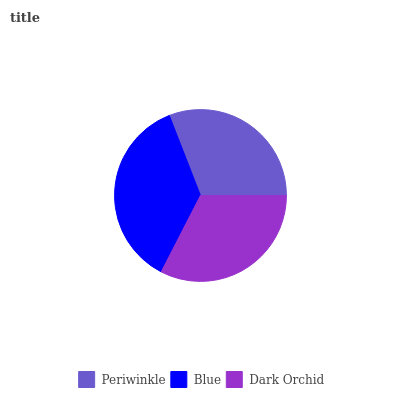
| Periwinkle | Blue | Dark Orchid |
 | --- | --- | --- |
 | 30.8% | 36.6% | 32.6% |